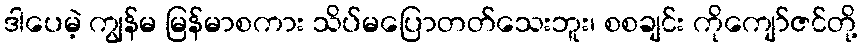
ဒါပေမဲ့ ကျွန်မ မြန်မာစကား သိပ်မပြောတတ်သေးဘူး၊ စစချင်း ကိုကျော်ဇင်တို့